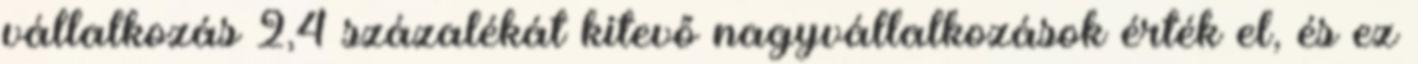
vállalkozás 2,4 százalékát kitevő nagyvállalkozások érték el, és ez